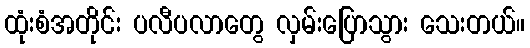
ထုံးစံအတိုင်း ပလီပလာတွေ လှမ်းပြောသွား သေးတယ်။